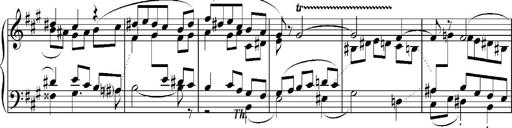
Title: Sonatina No.5
Composer: Otto Stoll
Key: F-sharp minor